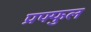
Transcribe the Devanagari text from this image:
प्रफ्फुल